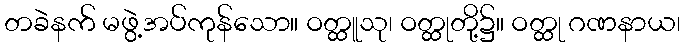
တခဲနက် မဖွဲ့အပ်ကုန်သော။ ဝတ္ထူသု၊ ဝတ္ထုတို့၌။ ဝတ္ထု ဂဏနာယ၊